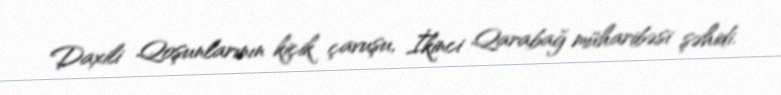
Daxili Qoşunlarının kiçik çavuşu, İkinci Qarabağ müharibəsi şəhidi.